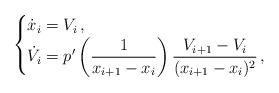
LaTeX: \begin{align*} \begin{cases} \displaystyle{\dot{x}_i=V_i}\,, & \\ \displaystyle{\dot{V}_i=p'\left(\frac{1}{x_{i+1}-x_i}\right) \frac{V_{i+1}-V_i}{(x_{i+1}-x_i)^2}}\,,& \end{cases}\end{align*}